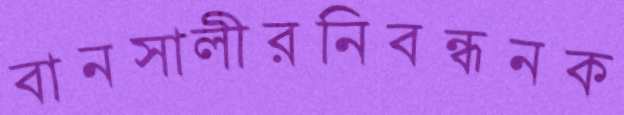
বানসালীরনিবন্ধনক